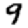
Digit: 9